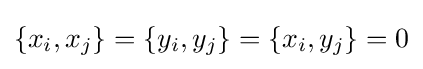
\{x_{i},x_{j}\}=\{y_{i},y_{j}\}=\{x_{i},y_{j}\}=0